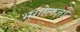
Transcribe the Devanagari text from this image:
भूगोलज्ञों